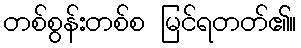
တစ်စွန်းတစ်စ မြင်ရတတ်၏။